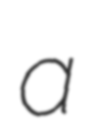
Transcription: a